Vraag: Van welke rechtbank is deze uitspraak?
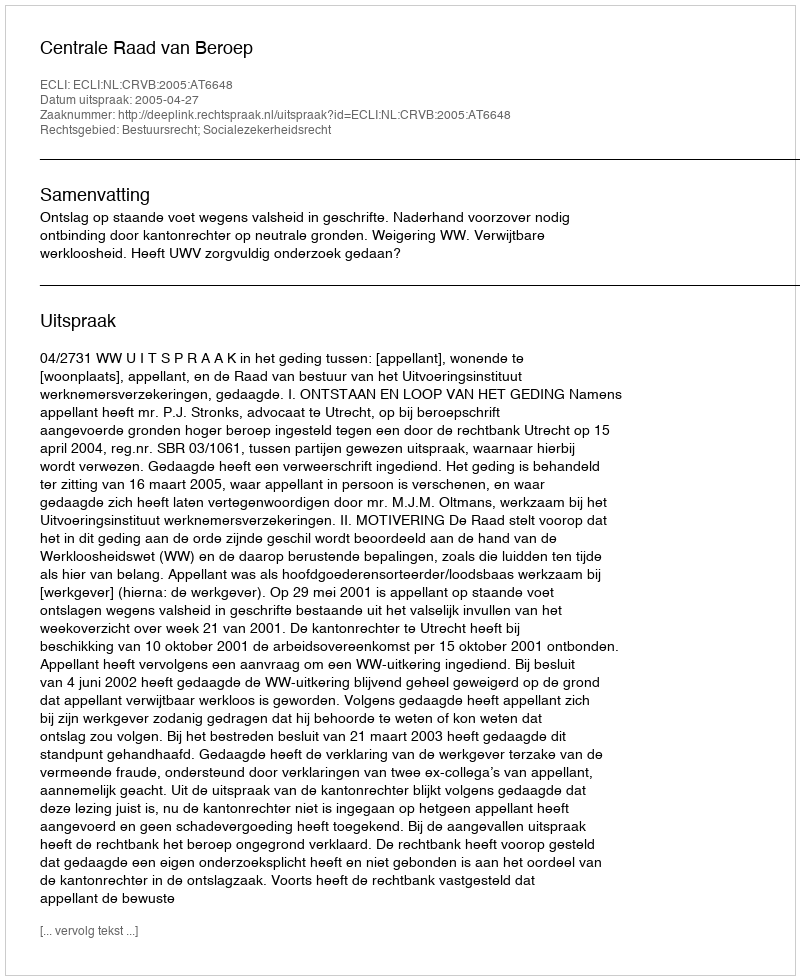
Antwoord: Centrale Raad van Beroep